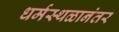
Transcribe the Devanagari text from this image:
धर्मस्थळानंतर